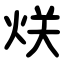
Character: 烪